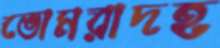
ভোমরাদহ